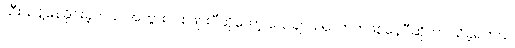
သီးသန့်နေခိုင်းခဲ့တယ် အဘွားလဲစဖျားပီဆိုတော့ သေချာသလောက်ဖစ်နေပီဆိုတာ သိခဲ့ရတယ်